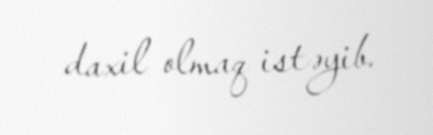
daxil olmaq istəyib.